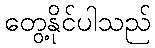
တွေ့နိုင်ပါသည်